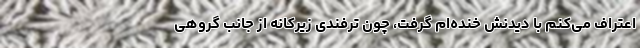
اعتراف می‌کنم با دیدنش خنده‌ام گرفت، چون ترفندی زیرکانه از جانب گروهی